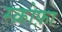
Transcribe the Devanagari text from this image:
स्क्रोफ़ा